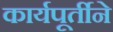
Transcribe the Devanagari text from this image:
कार्यपूर्तीने